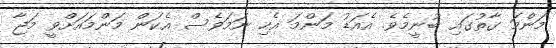
މަންމަ ގާތުގައި ބުނީމެވެ. އެއަޑު މަންމަ އެހި ނަމަވެސް އެކަން މަންމައަށްވީ މަޖާ